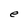
Character: e